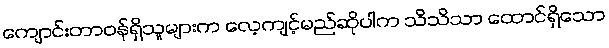
ကျောင်းတာဝန်ရှိသူများက လေ့ကျင့်မည်ဆိုပါက သိသိသာ ထောင်ရှိသော